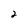
Character: 2